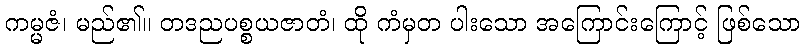
ကမ္မဇံ၊ မည်၏။ တဒညပစ္စယဇာတံ၊ ထို ကံမှတ ပါးသော အကြောင်းကြောင့် ဖြစ်သော